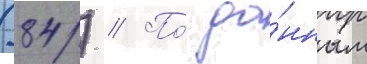
(84) // По́ да́нным